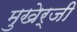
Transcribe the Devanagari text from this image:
मुखेर्जी